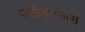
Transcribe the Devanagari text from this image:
संगीताभ्यास